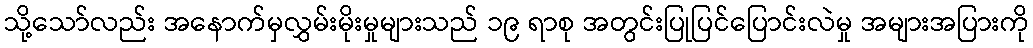
သို့သော်လည်း အနောက်မှလွှမ်းမိုးမှုများသည် ၁၉ ရာစု အတွင်းပြုပြင်ပြောင်းလဲမှု အများအပြားကို